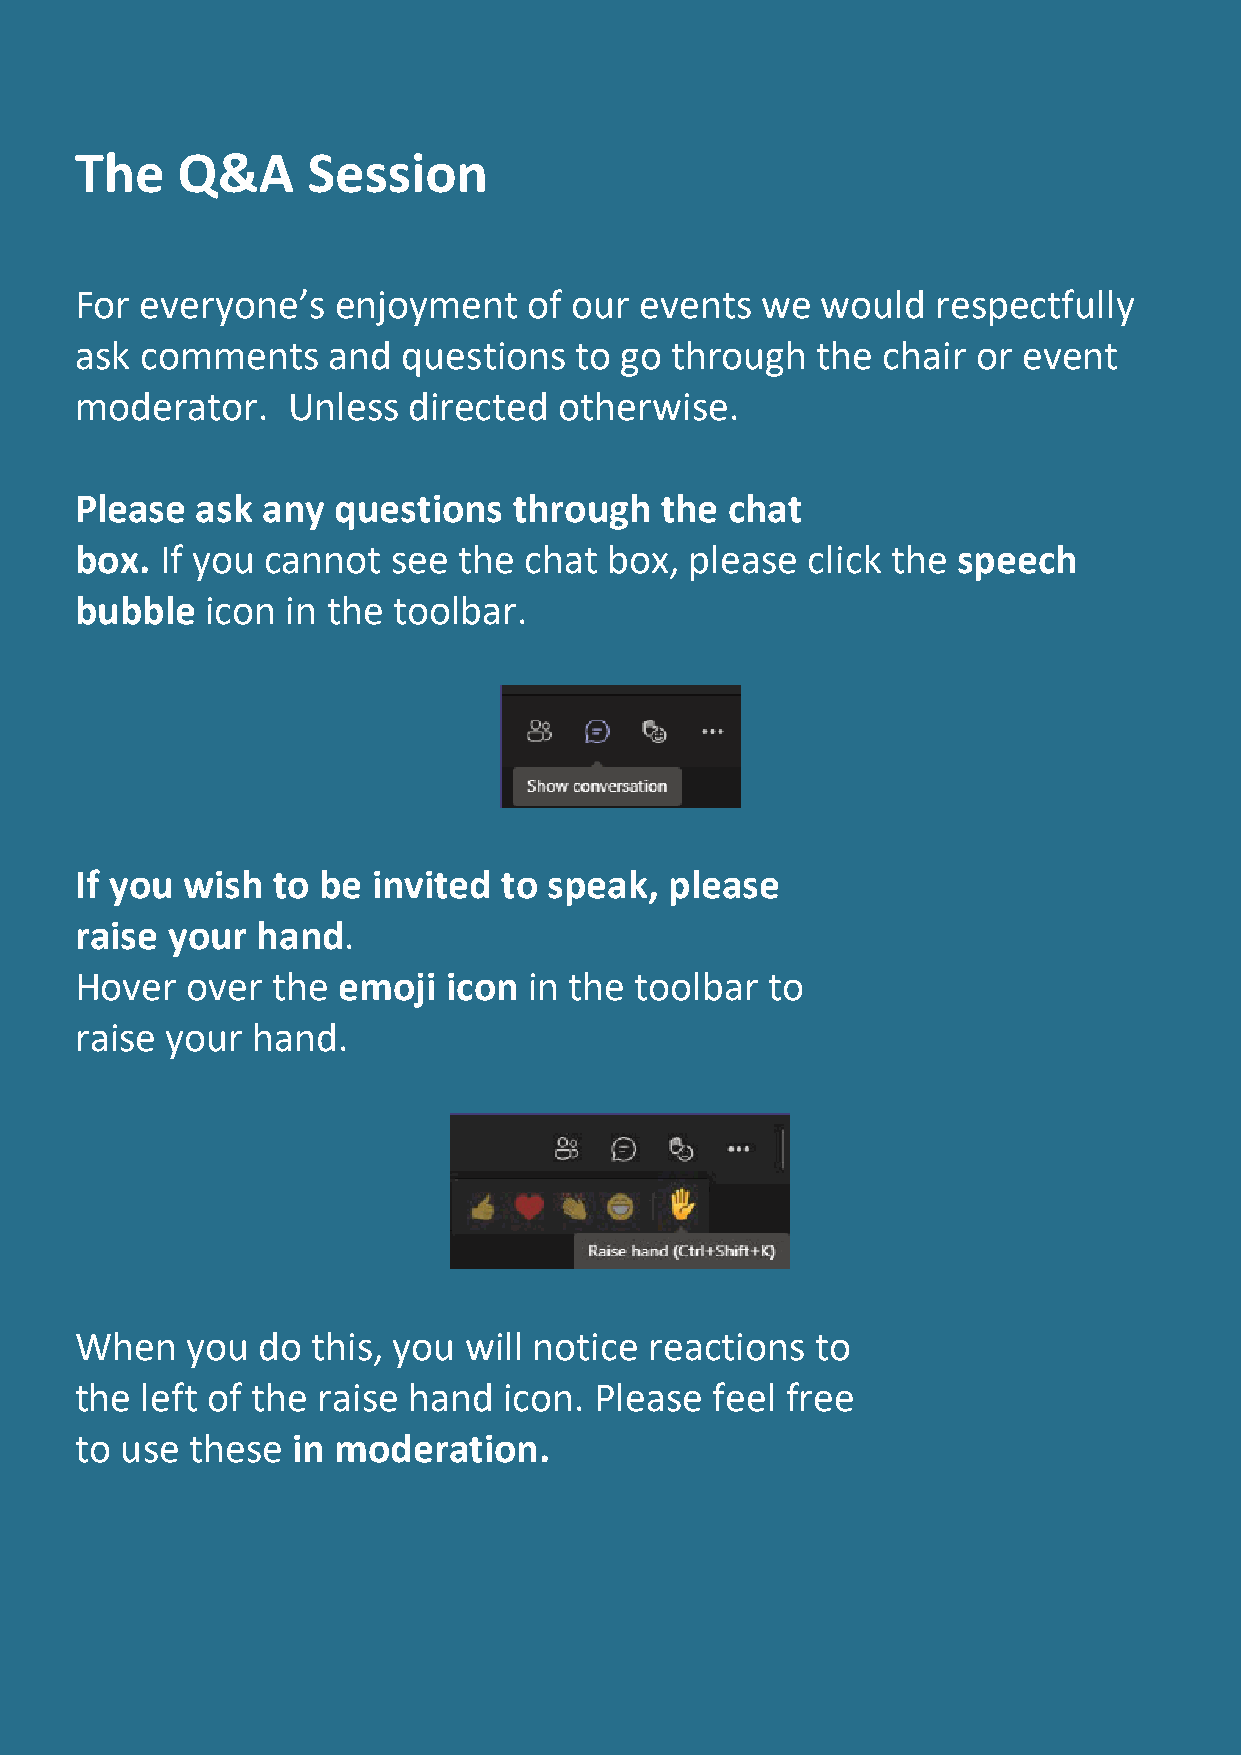
The    Q&A     Session
 For everyone’s   enjoyment    of our events  we  would   respectfully
 ask comments     and  questions  to go through   the chair  or event
 moderator.    Unless  directed  otherwise.
 Please  ask any  questions   through   the chat
 box.  If you cannot  see the  chat box,  please click the speech
 bubble   icon in the toolbar.
 If you wish  to be  invited to speak,  please
 raise your  hand.
 Hover  over  the emoji   icon in the toolbar  to
 raise your  hand.
 When   you  do  this, you will notice reactions  to
 the left of the raise hand  icon. Please  feel free
 to use  these in moderation.